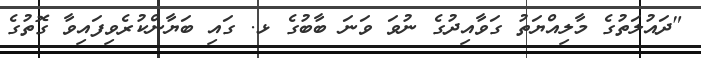
"ދައުލަތުގެ މާލިއްޔަތު ގަވާއިދުގެ ނުވަ ވަނަ ބާބުގެ ޅ. ގައި ބަޔާންކުރެވިފައިވާ ގޮތުގެ